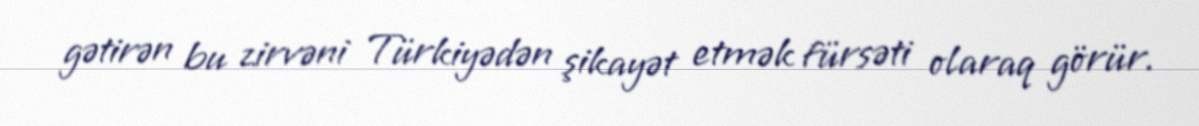
gətirən bu zirvəni Türkiyədən şikayət etmək fürsəti olaraq görür.